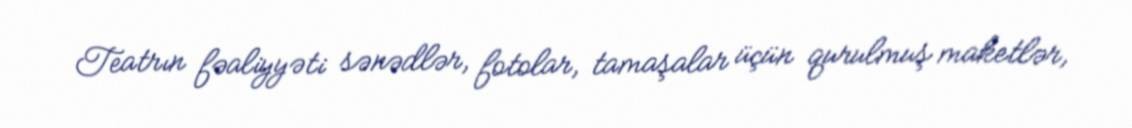
Teatrın fəaliyyəti sənədlər, fotolar, tamaşalar üçün qurulmuş maketlər,